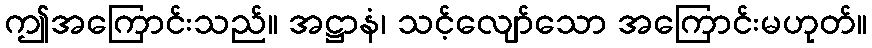
ဤအကြောင်းသည်။ အဋ္ဌာနံ၊ သင့်လျော်သော အကြောင်းမဟုတ်။